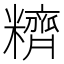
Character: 𰫕